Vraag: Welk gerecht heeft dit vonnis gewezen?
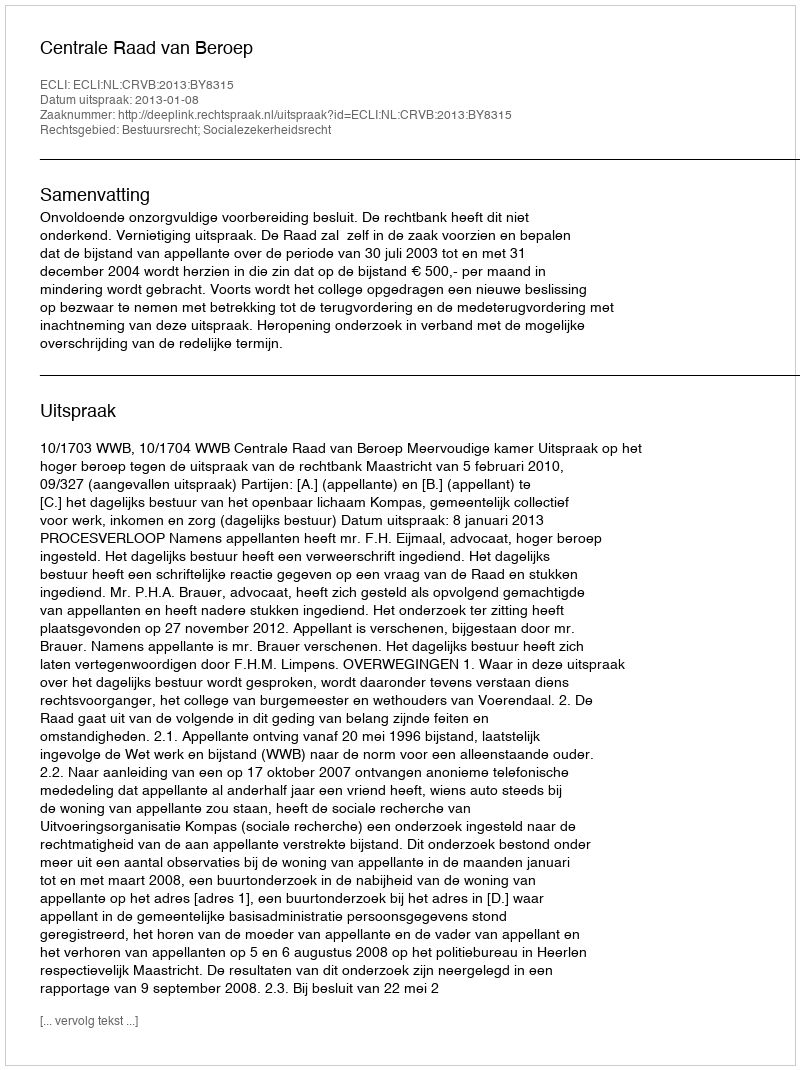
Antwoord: Centrale Raad van Beroep